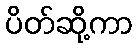
ပိတ်ဆို့ကာ